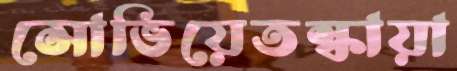
সোভিয়েতস্কায়া